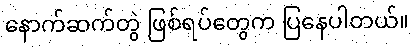
နောက်ဆက်တွဲ ဖြစ်ရပ်တွေက ပြနေပါတယ်။